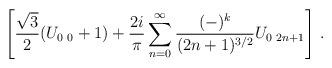
\begin{align*}\left[ \frac{\sqrt{3}}{2} ( U_{0\,\,0} + 1) +\frac{2i}{\pi}\sum_{n=0}^{\infty}\frac{(-)^k}{(2n+1)^{3/2}} U_{0\,\,2n+1} \right] \, .\end{align*}